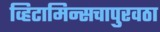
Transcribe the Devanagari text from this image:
व्हिटामिन्सचापुरवठा